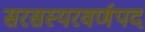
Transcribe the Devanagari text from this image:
सरसस्यरवर्णपद